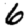
Digit: 6